Annual administration report of the Civil Veterinary Department, Ajmere-Merwara, British Rajputana - 1914-1940
Year: 1914
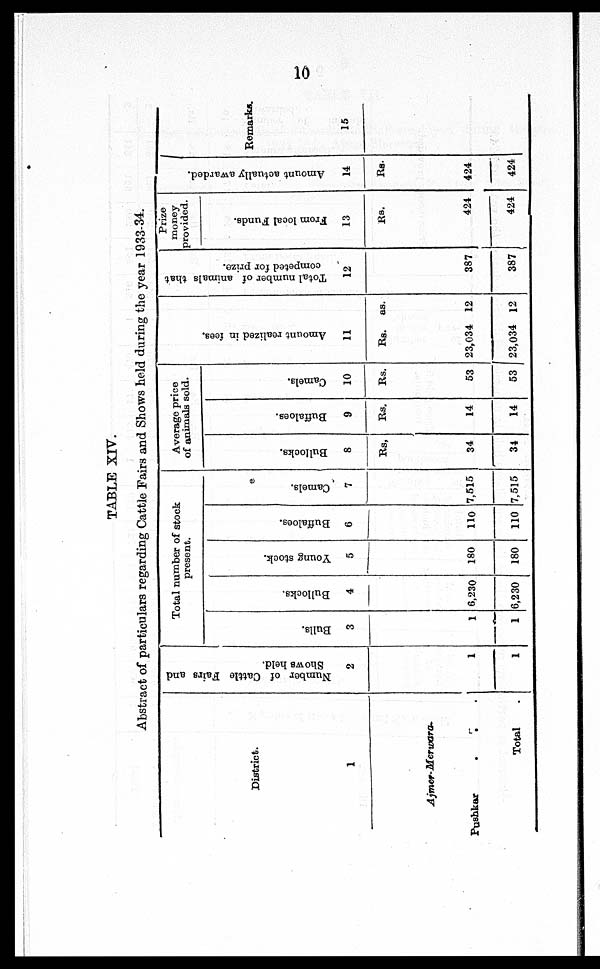
10
TABLE XIV.
Abstract of particulars regarding Cattle Fairs and Shows held during the year 1933-34.
District.
1
Ajmer-Merwara.
Pushkar
.
.
Total
Number of Cattle Fairs and
Shows held.
2
1
1
Total number of stock
present.
Bulls.
3
1
1
Bullocks.
4
6,230
6,230
Young stock.
5
180
180
Buffaloes.
6
110
110
Camels.
7
7,515
7,515
Average price
of animals sold.
Bullocks.
8
Rs.
34
34
Buffaloes.
9
Rs.
14
14
Camels.
10
Rs.
53
53
Amo u n t realized in fees.
11
Rs.
23,034
23,034
as.
12
12
Total number of animals that
competed for prize.
12
387
387
Prize
money
provided.
From local Funds.
13
Rs.
424
424
Amount actually awarded.
14
Rs.
424
424
Remarks.
15